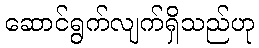
ဆောင်ရွက်လျက်ရှိသည်ဟု